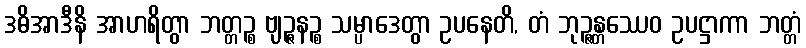
ဒဓိအာဒီနိ အာဟရိတွာ ဘတ္တဉ္စ ဗျဉ္ဇနဉ္စ သမ္ပာဒေတွာ ဥပနေတိ, တံ ဘုဉ္ဇန္တဿေဝ ဥပဋ္ဌာကာ ဘတ္တံ